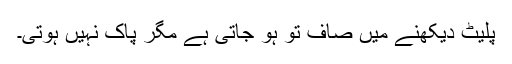
پلیٹ دیکھنے میں صاف تو ہو جاتی ہے مگر پاک نہیں ہوتی۔